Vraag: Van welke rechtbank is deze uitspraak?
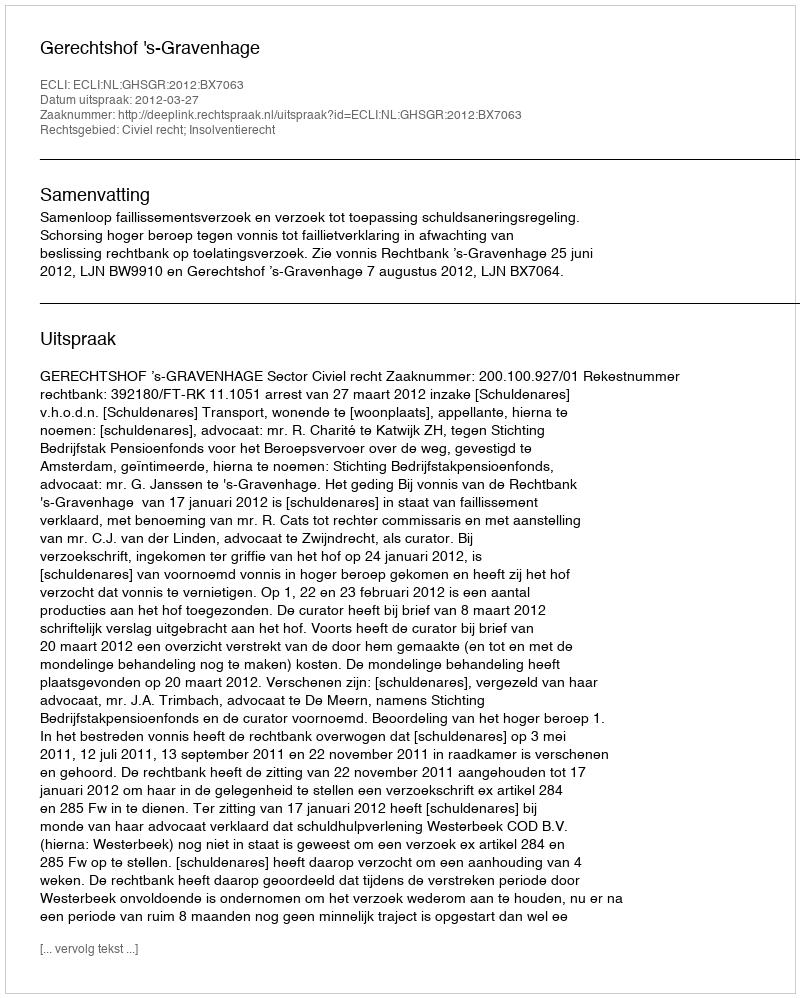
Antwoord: Gerechtshof 's-Gravenhage